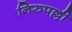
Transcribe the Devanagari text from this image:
निरुपल्ली